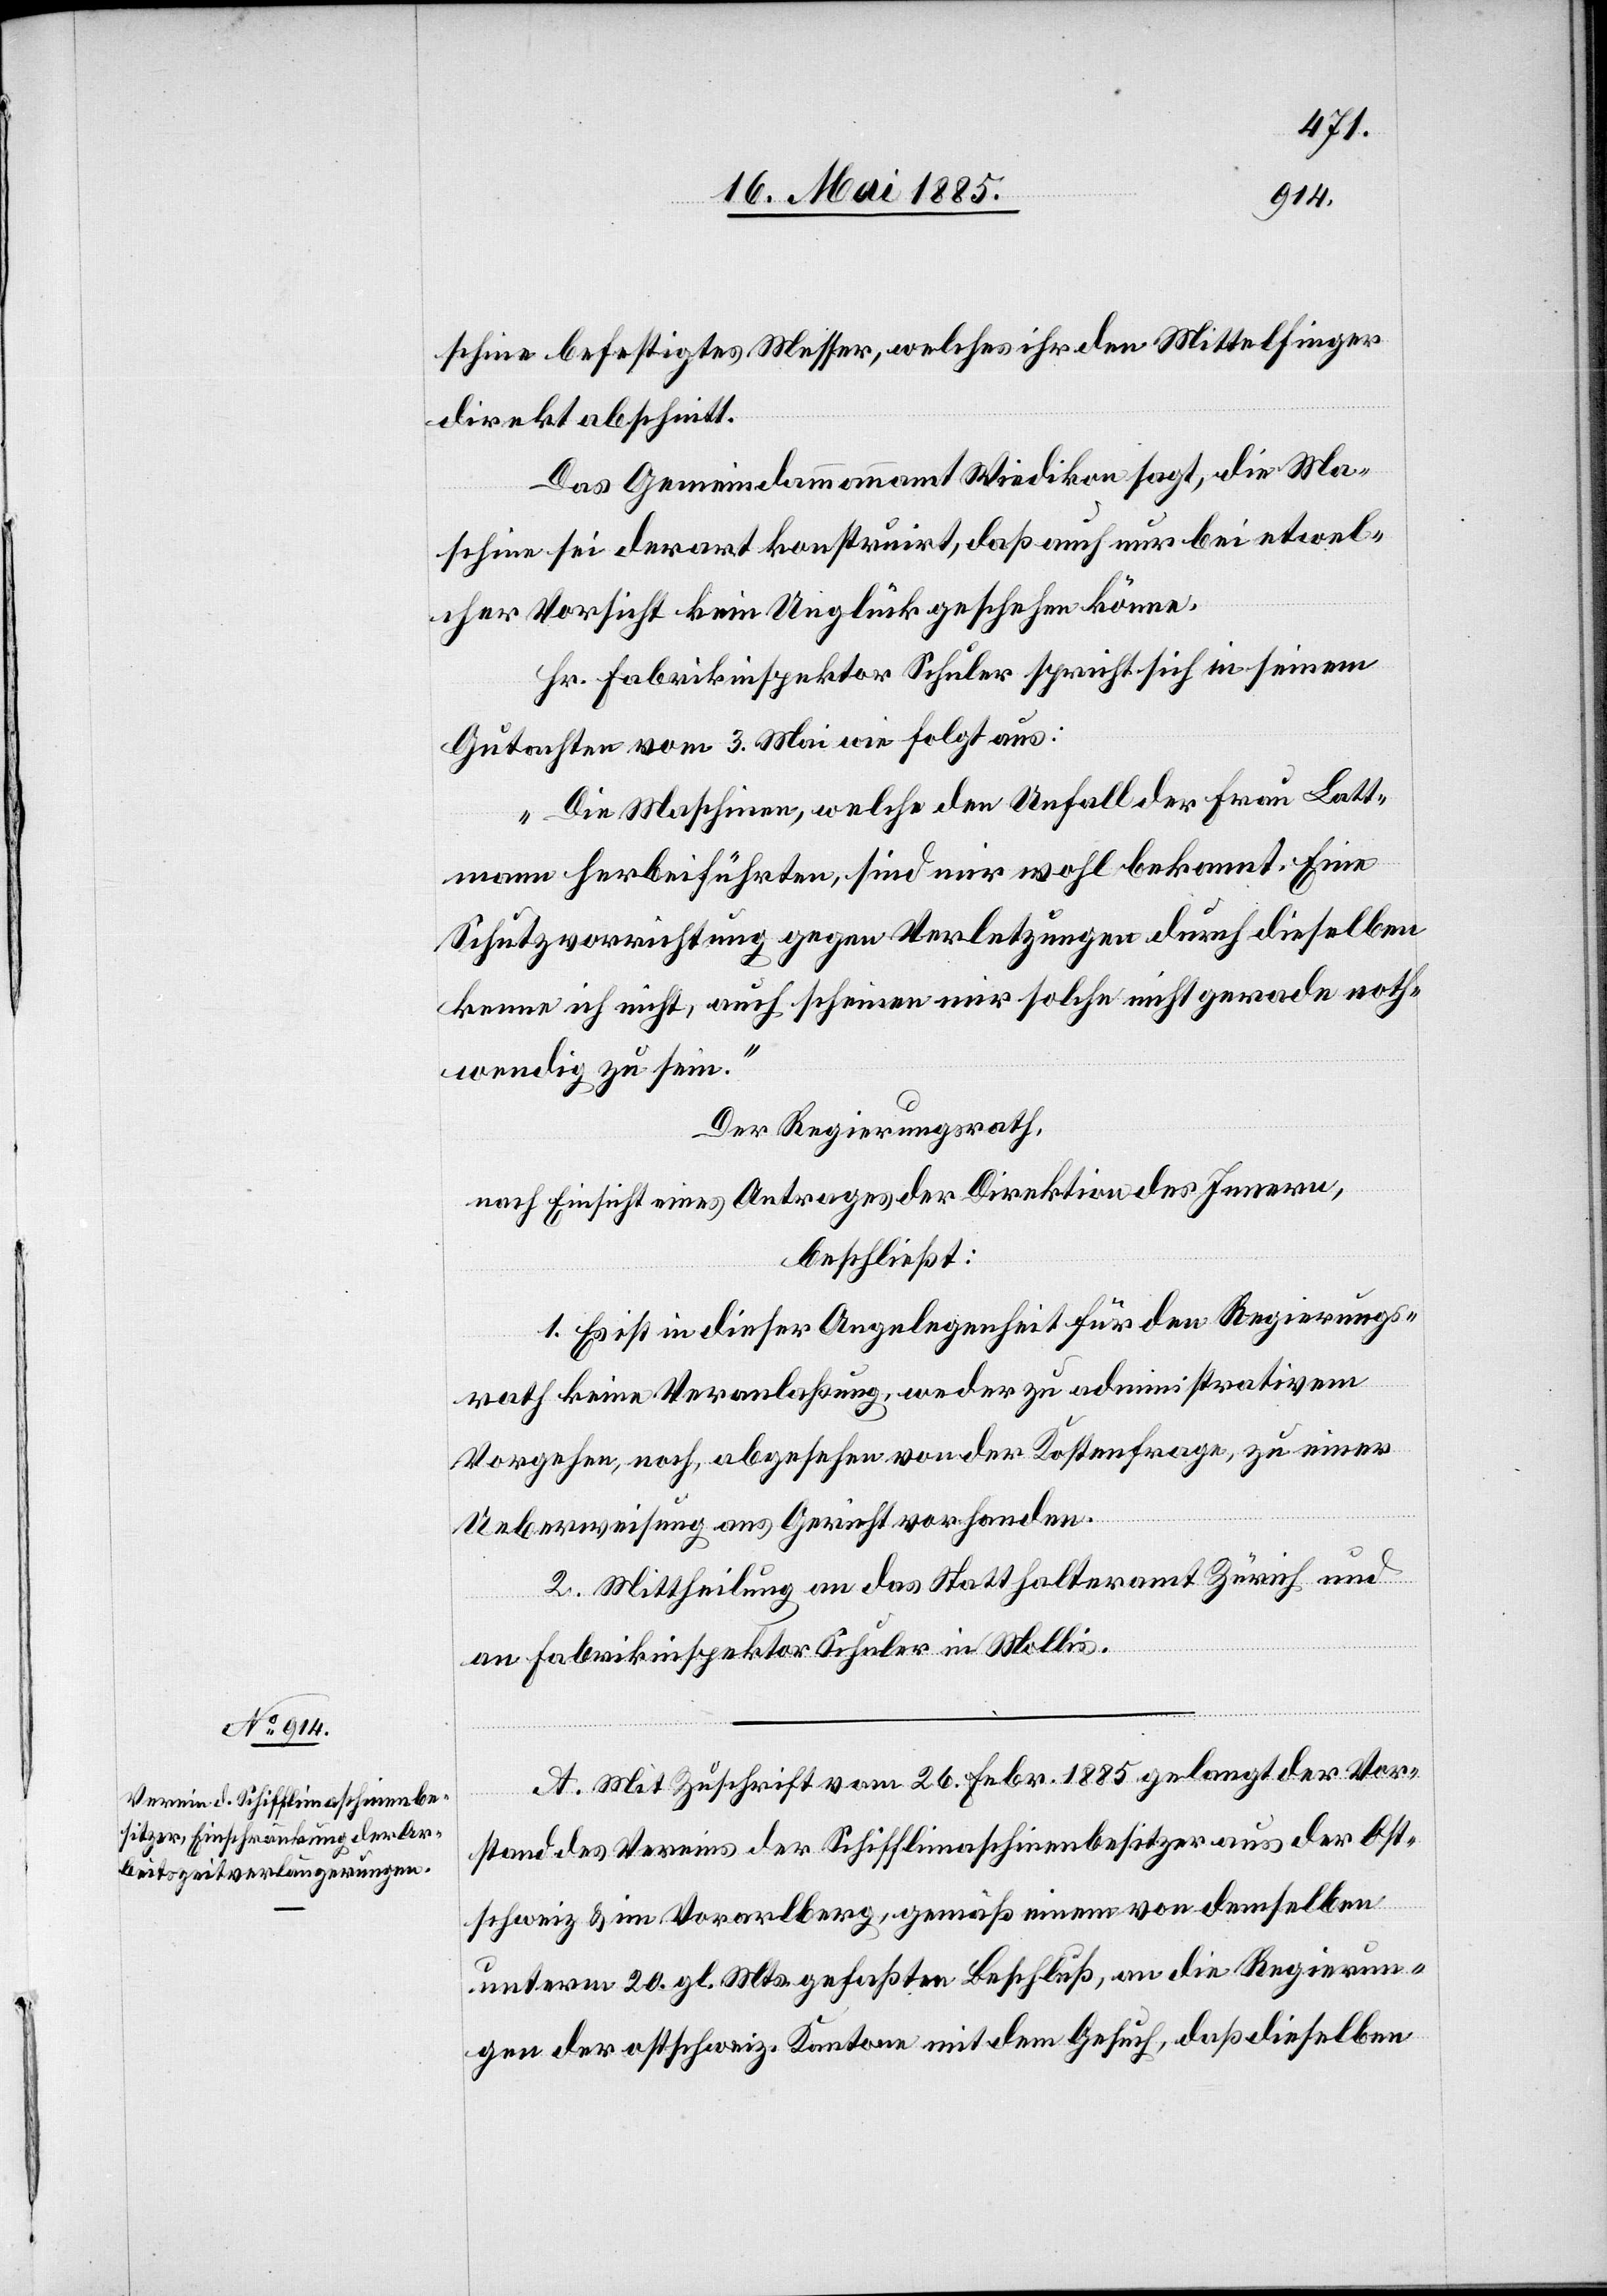
schine befestigtes Messer, welches ihr den Mittelfinger
direkt abschnitt.
Das Gemeindeammannamt Wiedikon sagt, die Ma¬
schine sei derart konstruirt, das auch nur bei etwel¬
cher Vorsicht kein Unglück geschehen könne.
Hr. Fabrikinspektor Schuler spricht sich in seinem
Gutachten vom 3. Mai wie folgt aus:
„Die Maschinen, welche den Unfall der Frau Latt¬
mann herbeiführten, sind mir wohl bekannt. Eine
Schutzvorrichtung gegen Verletzungen durch dieselben
kenne ich nicht, auch scheinen mir solche nicht gerade noth¬
wendig zu sein.“
Der Regierungsrath,
nach Einsicht eines Antrages der Direktion des Innern,
beschließt:
1. Es ist in dieser Angelegenheit für den Regierungs¬
rath keine Veranlaßung, weder zu administrativem
Vorgehen, noch, abgesehen von der Kostenfrage, zu einer
Ueberweisung ans Gericht vorhanden.
2. Mittheilung an das Statthalteramt Zürich und
an Fabrikinspektor Schuler in Mollis.
A. Mit Zuschrift vom 26. Febr. 1885 gelangt der Vor¬
stand des Vereins der Schifflimaschinenbesitzer aus der Ost¬
schweiz & im Vorarlberg, gemäß einem von demselben
unterm 20. gl. Mts. gefaßten Beschluß, an die Regierun¬
gen der ostschweiz. Kantone mit dem Gesuch, daß dieselben